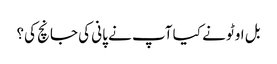
بل اوٹو نے کیا آپ نے پانی کی جانچ کی؟